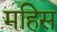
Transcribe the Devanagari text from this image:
महिस